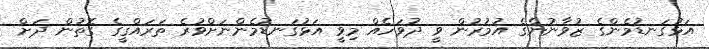
އަޅުގަނޑުމެންގެ ޒުވާނުންގެ އުމުރުން ވީ ދުވަހެއް މިވީ އަޅުގަނޑުމެންނަށްވުރެ ތަރައްޤީގެ ގޮތުން ދަށް